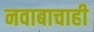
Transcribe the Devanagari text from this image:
नवाबाचाही